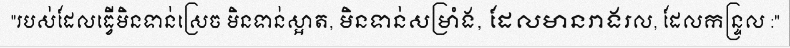
"របស់ដែលធ្វើមិនទាន់ស្រេច មិនទាន់ស្អាត, មិនទាន់សម្រាំង, ដែលមានរាងរល, ដែលកន្ទ្រល :"